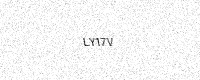
Text: LY17V